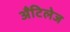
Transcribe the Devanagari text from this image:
अँटिलेज